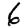
Digit: 6